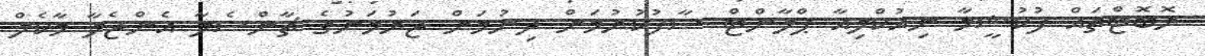
ރޮބޮޓްތައް ފުކުޝީމާ ނިއުކްލިއާ ޕްލާންޓް ސާފުކުރުމަށް ދިނުމަށް ޖަރުމަނުގެ ޗާންސެލާ އެންޖެލާ މާކެލް